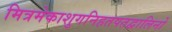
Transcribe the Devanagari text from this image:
मित्रमेकाशुगनिहतपतद्वालिनो